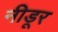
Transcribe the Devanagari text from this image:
नीडूर